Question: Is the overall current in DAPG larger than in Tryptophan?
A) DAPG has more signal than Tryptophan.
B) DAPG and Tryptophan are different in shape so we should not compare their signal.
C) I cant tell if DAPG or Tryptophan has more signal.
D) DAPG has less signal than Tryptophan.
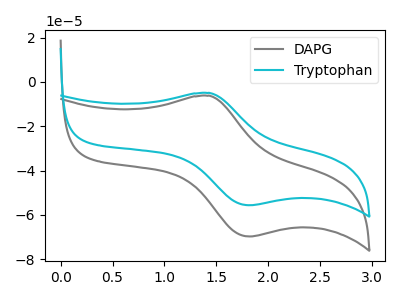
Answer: <think>The gray curve "DAPG" has an anodic peak at (1.45V, -6.20uA) and a cathodic peak at (1.80V, -69.75uA). The cyan curve "Tryptophan" has an anodic peak at (1.45V, -4.95uA) and a cathodic peak at (1.80V, -55.65uA).
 All the peaks in "DAPG" have a peak in "Tryptophan" at the same potential.</think>
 <answer>C) I cant tell if "DAPG" or "Tryptophan" has more signal.</answer>
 <eval>C</eval>